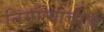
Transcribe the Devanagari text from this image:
निर्मात्याचीच